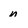
Character: n